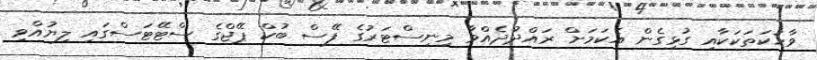
ވާހަކަތަކަކާއި ގުޅިގެން އެކަމަށް ރައްދުދެއްވާ މިނިސްޓަރުގެ ފޭސް ބުކް ޕޭޖްގެ ސްޓޭޓަސްގައި ލިޔުއްވި